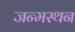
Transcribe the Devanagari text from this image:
जन्मस्थन